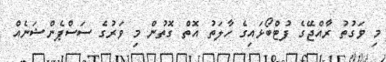
މި ވަގުތު ރާއްޖޭގެ ފުޓްބޯޅައިގެ ހާލަތު އޮތް ގޮތުން މި ވަރުގެ ސަަސްޕެންޝަނެއް